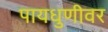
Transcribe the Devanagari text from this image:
पायधुणीवर